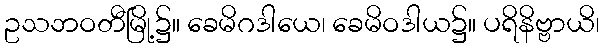
ဥသဘဝတီမြို့၌။ ခေမိဂဒါယေ၊ ခေမိဝဒါယ၌။ ပရိနိဗ္ဗာယိ၊